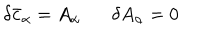
\delta { \bar { c } } _ { \alpha } = A _ { \alpha } \delta A _ { \alpha } = 0